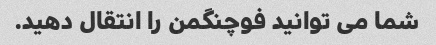
شما می توانید فوچنگمن را انتقال دهید.